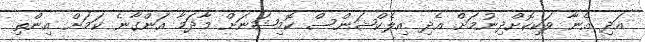
އަދި އެނާ ވަކިކޮށްދިނުމަށް އެދި އިލެކްޝަންސް ކޮމިޝަނަށް މާދަމާ އަންގާނެ ކަމަށް އިންތި